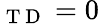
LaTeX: _{\mathrm{~T~D~}}=0